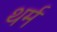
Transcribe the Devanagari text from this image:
थर्म